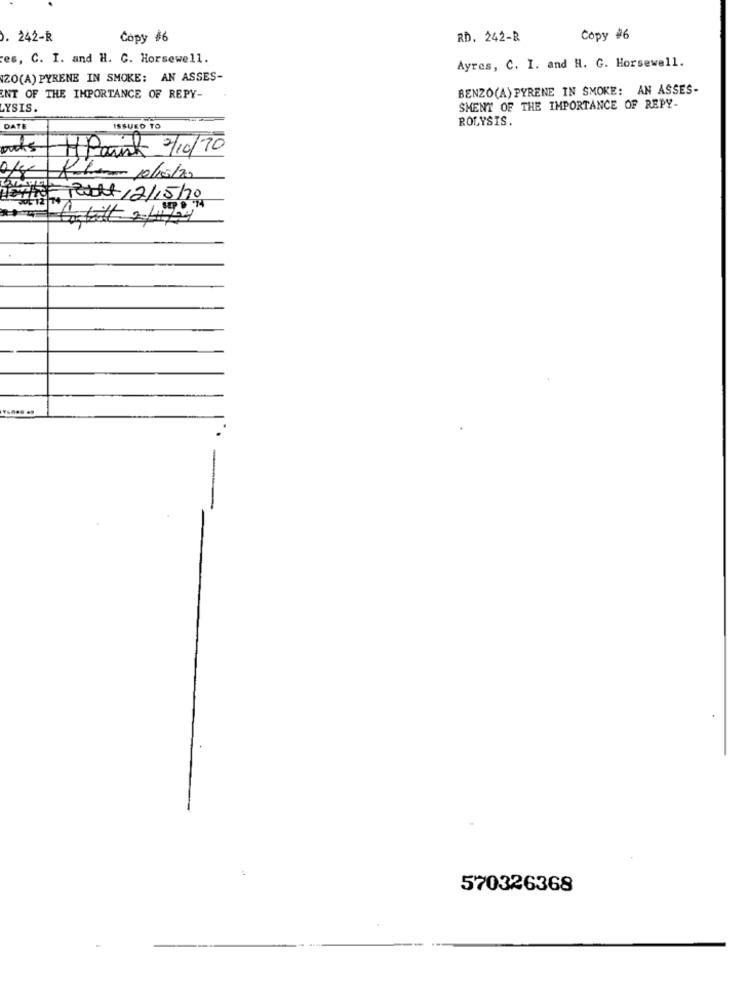
. 242-R
Copy #6
RD. 242-R
Copy #6
es, C. I. and H. C. Horsewell.
Ayres, C. I. and H. G. Horsewell.
ZO(A) PYRENE IN SMOKE: AN ASSES-
BENZO(A) PYRENE IN SMOKE: AN ASSES-
NT OF THE IMPORTANCE OF REPY-
LYSIS.
SMENT OF THE IMPORTANCE OF REPY-
ROLYSIS.
DATE
ISSUED TO
outs
minst 2/10/70
Radt 12/15/20
570326368